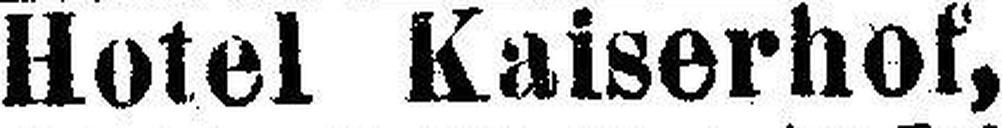
IV., Frankenbergasse.